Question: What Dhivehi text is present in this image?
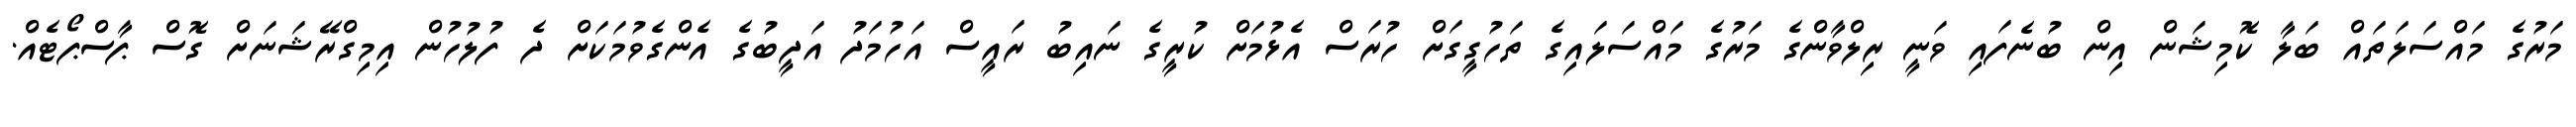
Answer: މަރުގެ މައްސަލަތައް ބަލާ ކޮމިޝަން އިން ބުނެފައި ވަނީ ރިލްވާންގެ މަރުގެ މައްސަލައިގެ ތަހުގީގަށް ހުރަސް އެޅުމަށް ކުރީގެ ނައިބު ރައީސް އަހުމަދު އަދީބުގެ އެންގެވުމަކަށް ދެ ފުލުހުން އިމިގްރޭޝަނަށް ގޮސް ޕާސްޕޯޓެއް.